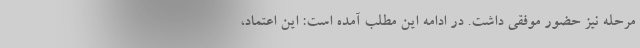
مرحله نیز حضور موفقی داشت. در ادامه این مطلب آمده است: این اعتماد،